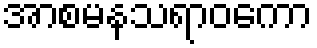
အာစမနသရာဝကော